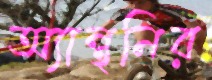
অ্যান্থনির